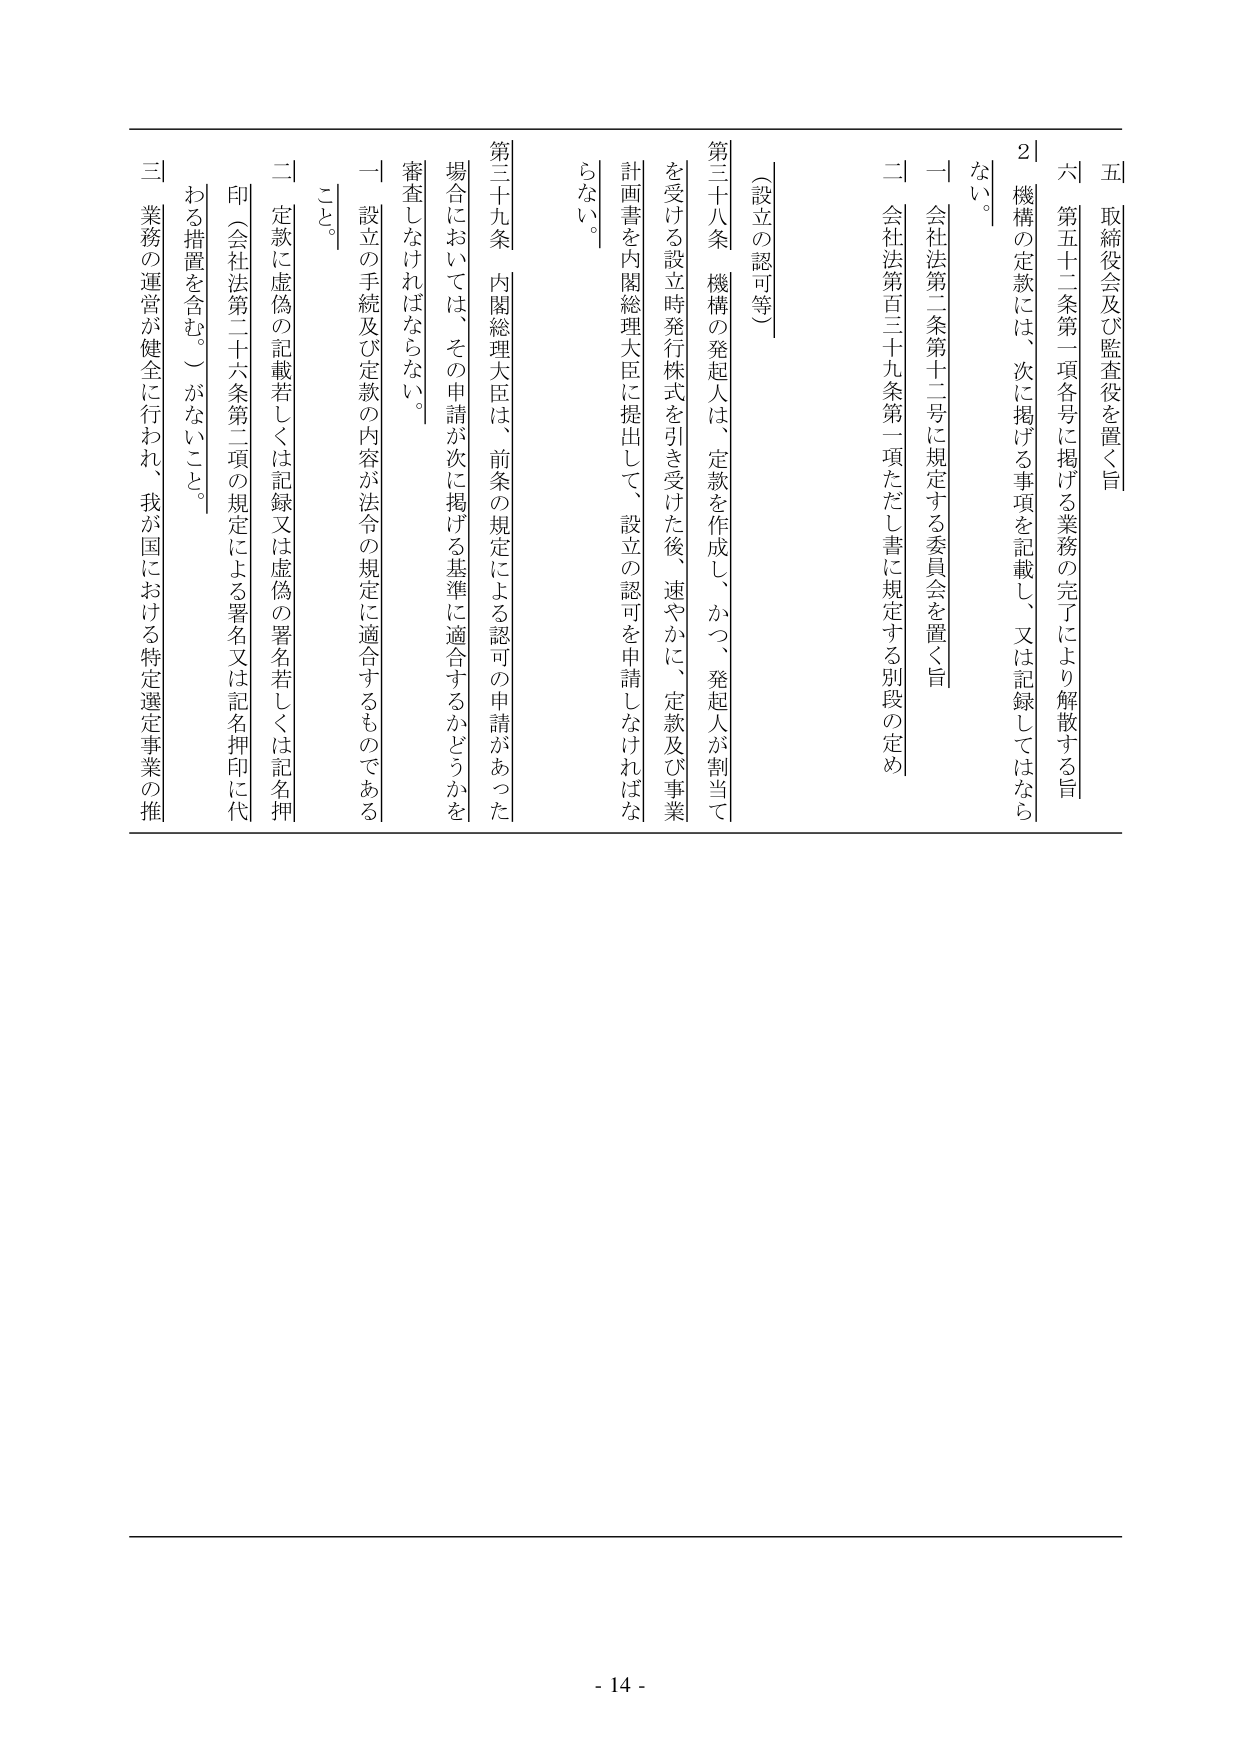
五 取締役会及び監査役を置く旨
六 第五十二条第一項各号に掲げる業務の完了により解散する旨
2 機構の定款には、次に掲げる事項を記載し、又は記録してはならない。
一 会社法第二条第十二号に規定する委員会を置く旨
二 会社法第百三十九条第一項ただし書に規定する別段の定め

（設立の認可等）
第三十八条 機構の発起人は、定款を作成し、かつ、発起人が割当てを受ける設立時発行株式を引き受けた後、速やかに、定款及び事業計画書を内閣総理大臣に提出して、設立の認可を申請しなければならない。

第三十九条 内閣総理大臣は、前条の規定による認可の申請があった場合においては、その申請が次に掲げる基準に適合するかどうかを審査しなければならない。
一 設立の手続及び定款の内容が法令の規定に適合するものであること。
二 定款に虚偽の記載若しくは記録又は虚偽の署名若しくは記名押印（会社法第二十六条第二項の規定による署名又は記名押印に代わる措置を含む。）がないこと。
三 業務の運営が健全に行われ、我が国における特定選定事業の推

- 14 -